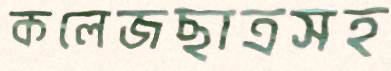
কলেজছাত্রসহ